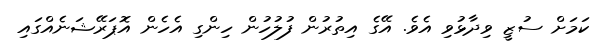
ކަމަށް ސުޒީ ވިދާޅުވި އެވެ. އޭގެ އިތުރުން ފުލުހުން ހިންގި އެހެން އޮޕަރޭޝަނެއްގައި